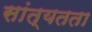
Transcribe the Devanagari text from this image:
सांत्यतता